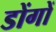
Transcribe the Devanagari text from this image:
डोंगों